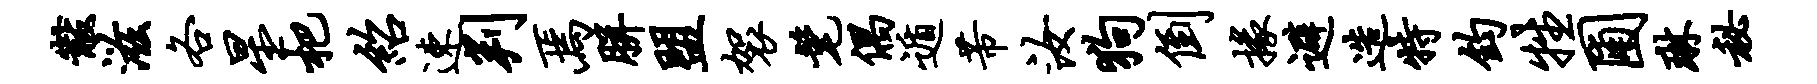
黻滋各星杷绍速判焉胼盟袈髦偶遁芾汝狗倒掾避造特钧牲圃琳秘